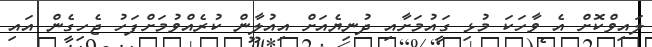
ލައިވްކޮށް އެ ވާހަކަ މުޅި ގައުމަށާއި ދުނިޔެއަށް އިއުލާން ކުރެއްވުމަށްފަހު ޖެހިގެން އައި